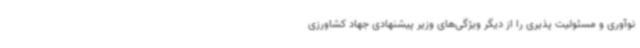
نوآوری و مسئولیت پذیری را از دیگر ویژگی‌های وزیر پیشنهادی جهاد کشاورزی